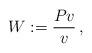
LaTeX: \begin{align*}W:=\frac{Pv}{v}\, ,\end{align*}